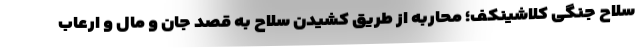
سلاح جنگی کلاشینکف؛ محاربه از طریق کشیدن سلاح به قصد جان و مال و ارعاب